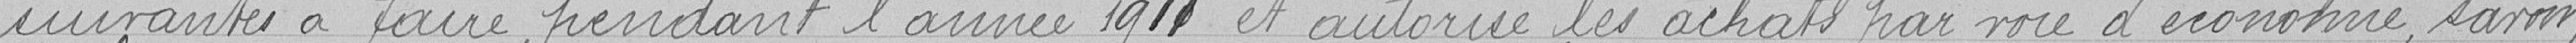
suivantes à faire pendant l'année 1911 et autorise les achats par voie d'économie, savoir;